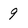
Character: 9